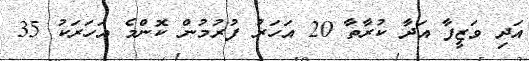
އަދި ވަޒީފާ އަދާ ކުރާތާ 20 އަހަރު ފުރުމުން ކޮންމެ އަހަރަކު 35